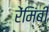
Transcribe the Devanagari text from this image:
रेंमिंबी